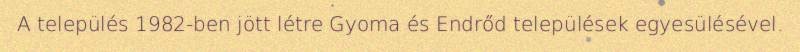
A település 1982-ben jött létre Gyoma és Endrőd települések egyesülésével.